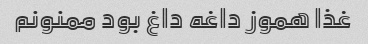
غذا هموز داغه داغ بود ممنونم